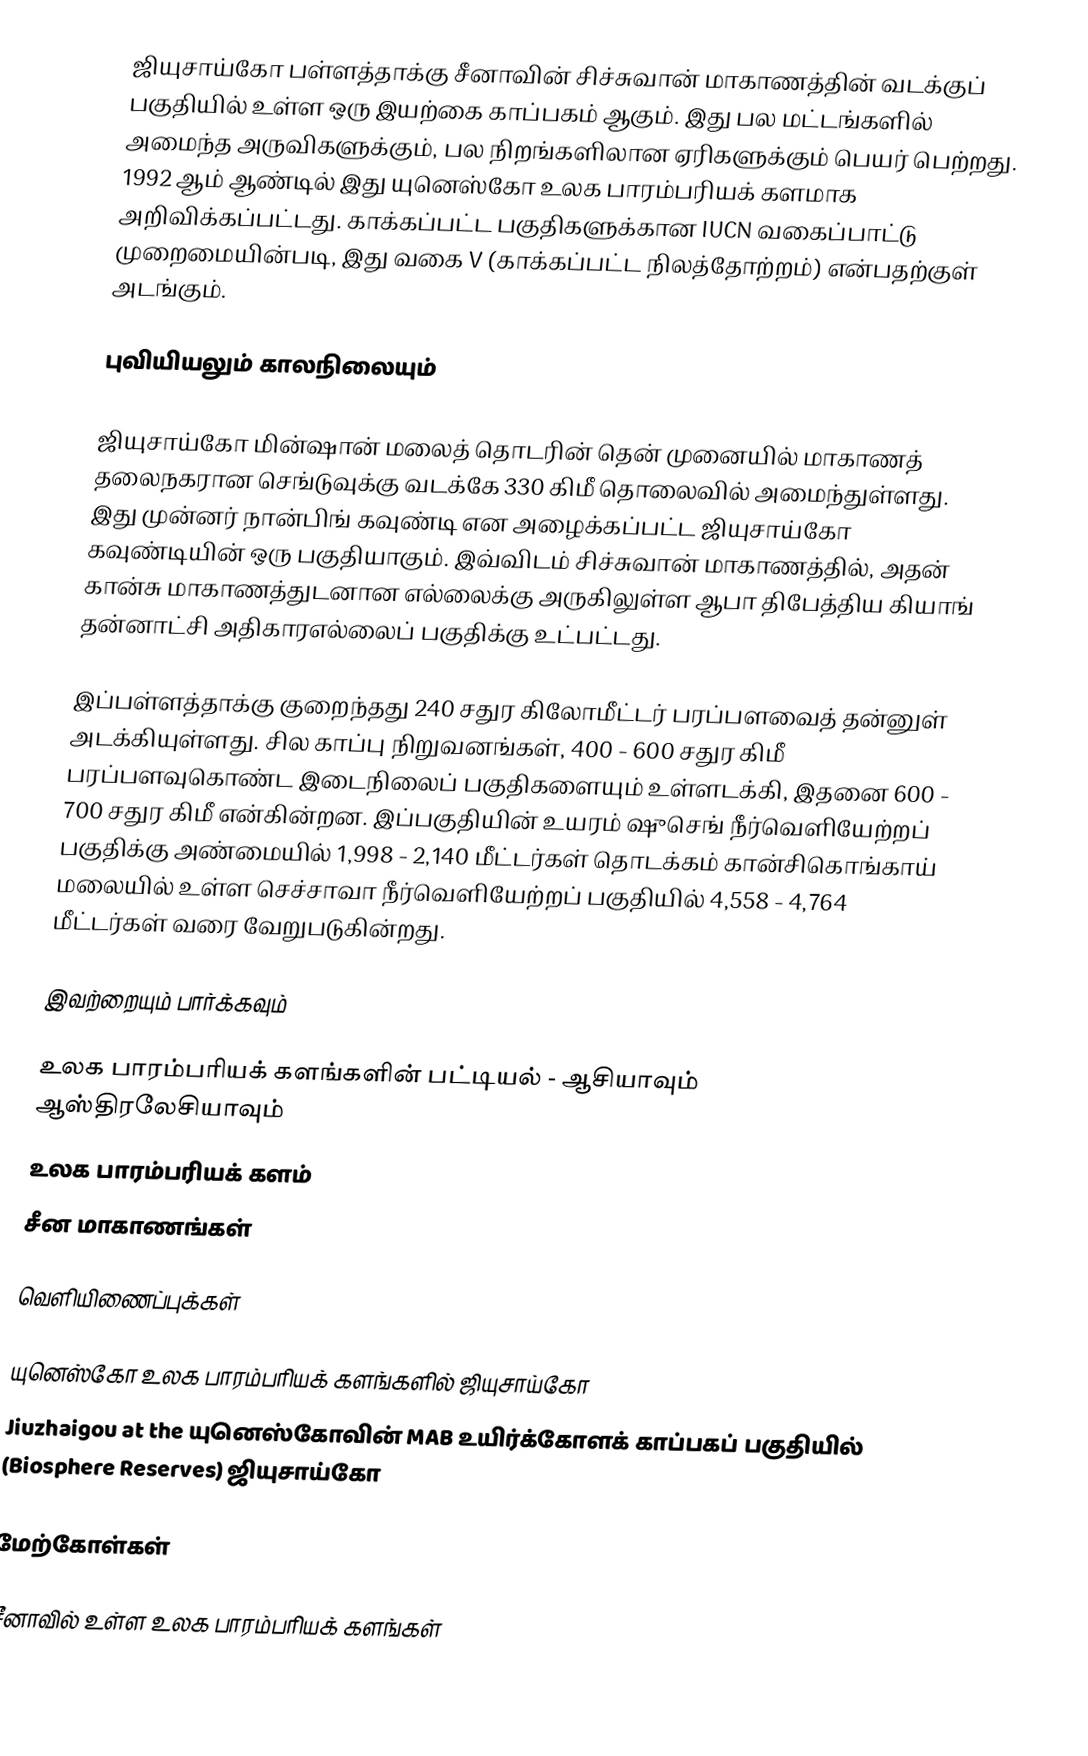
ஜியுசாய்கோ பள்ளத்தாக்கு சீனாவின் சிச்சுவான் மாகாணத்தின் வடக்குப் பகுதியில் உள்ள ஒரு இயற்கை காப்பகம் ஆகும். இது பல மட்டங்களில் அமைந்த அருவிகளுக்கும், பல நிறங்களிலான ஏரிகளுக்கும் பெயர் பெற்றது. 1992 ஆம் ஆண்டில் இது யுனெஸ்கோ உலக பாரம்பரியக் களமாக அறிவிக்கப்பட்டது. காக்கப்பட்ட பகுதிகளுக்கான IUCN வகைப்பாட்டு முறைமையின்படி, இது வகை V (காக்கப்பட்ட நிலத்தோற்றம்) என்பதற்குள் அடங்கும்.

புவியியலும் காலநிலையும்

ஜியுசாய்கோ மின்ஷான் மலைத் தொடரின் தென் முனையில் மாகாணத் தலைநகரான செங்டுவுக்கு வடக்கே 330 கிமீ தொலைவில் அமைந்துள்ளது. இது முன்னர் நான்பிங் கவுண்டி என அழைக்கப்பட்ட ஜியுசாய்கோ கவுண்டியின் ஒரு பகுதியாகும். இவ்விடம் சிச்சுவான் மாகாணத்தில், அதன் கான்சு மாகாணத்துடனான எல்லைக்கு அருகிலுள்ள ஆபா திபேத்திய கியாங் தன்னாட்சி அதிகாரஎல்லைப் பகுதிக்கு உட்பட்டது.

இப்பள்ளத்தாக்கு குறைந்தது 240 சதுர கிலோமீட்டர் பரப்பளவைத் தன்னுள் அடக்கியுள்ளது. சில காப்பு நிறுவனங்கள், 400 - 600 சதுர கிமீ பரப்பளவுகொண்ட இடைநிலைப் பகுதிகளையும் உள்ளடக்கி, இதனை 600 - 700 சதுர கிமீ என்கின்றன. இப்பகுதியின் உயரம் ஷுசெங் நீர்வெளியேற்றப் பகுதிக்கு அண்மையில் 1,998 - 2,140 மீட்டர்கள் தொடக்கம் கான்சிகொங்காய் மலையில் உள்ள செச்சாவா நீர்வெளியேற்றப் பகுதியில் 4,558 - 4,764 மீட்டர்கள் வரை வேறுபடுகின்றது.

இவற்றையும் பார்க்கவும்

 உலக பாரம்பரியக் களங்களின் பட்டியல் - ஆசியாவும் ஆஸ்திரலேசியாவும்
 உலக பாரம்பரியக் களம்
 சீன மாகாணங்கள்

வெளியிணைப்புக்கள்

 யுனெஸ்கோ உலக பாரம்பரியக் களங்களில் ஜியுசாய்கோ
 Jiuzhaigou at the யுனெஸ்கோவின் MAB உயிர்க்கோளக் காப்பகப் பகுதியில் (Biosphere Reserves) ஜியுசாய்கோ

மேற்கோள்கள்

சீனாவில் உள்ள உலக பாரம்பரியக் களங்கள்